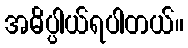
အဓိပ္ပါယ်ရပါတယ်။